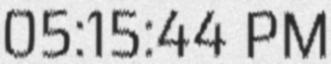
05:15:44 PM